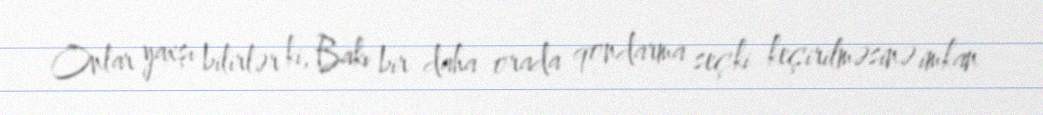
Onlar yaxşı bilirlər ki, Bakı bir daha orada qondarma seçki keçirilməsinə imkan